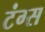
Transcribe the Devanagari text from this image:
टंग्स